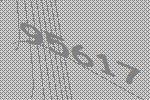
95617